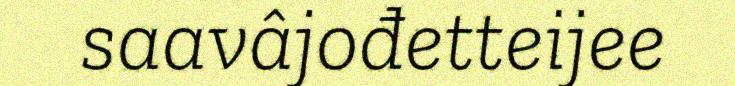
saavâjođetteijee